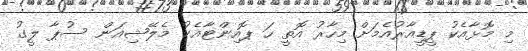
މި މޮޅާއެކު ޕީޑީއާރުއެމަށް މިހާރު އޮތީ ހަ ޕޮއިންޓާއެކު މެލޭޝިއަން ސުޕާ ލީގު